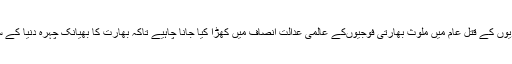
انہوں نے کشمیریوں کے قتل عام میں ملوث بھارتی فوجیوںکے عالمی عدالت انصاف میں کھڑا کیا جانا چاہیے تاکہ بھارت کا بھیانک چہرہ دنیا کے سامنے نمایاں ہو۔